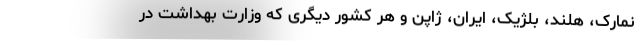
نمارک، هلند، بلژیک، ایران، ژاپن و هر کشور دیگری که وزارت بهداشت در